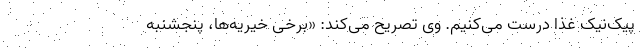
پیک‌نیک غذا درست می‌کنیم. وی تصریح می‌کند: «برخی خیریه‌ها، پنجشنبه